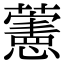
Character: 藼